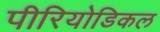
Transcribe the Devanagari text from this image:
पीरियोडिकल